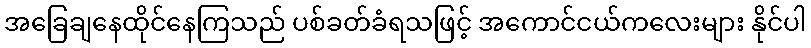
အခြေချနေထိုင်နေကြသည် ပစ်ခတ်ခံရသဖြင့် အကောင်ငယ်ကလေးများ နိုင်ပါ